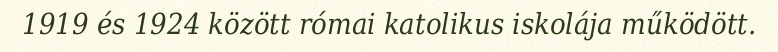
1919 és 1924 között római katolikus iskolája működött.